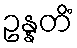
ဥန္နတိံ